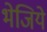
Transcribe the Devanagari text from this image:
भेजिये